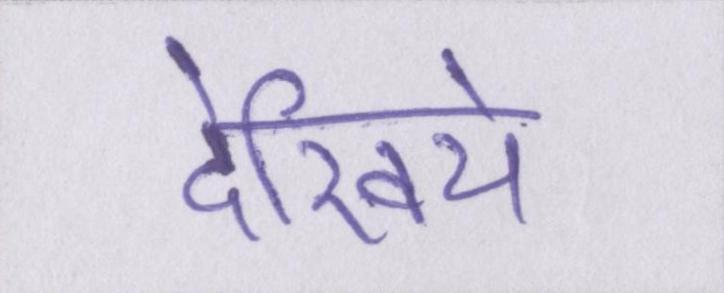
देखिये